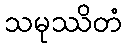
သမုဿိတံ